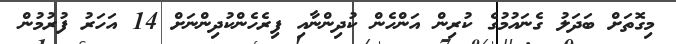
މިގޮތަށް ބަދަލު ގެނައުމުގެ ކުރިން އަންހެން ކުދިންނާއި ފިރެހެންކުދިންނަށް 14 އަހަރު ފުރުމުން